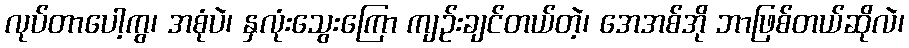
လုပ်တာပေါ့ကွ၊ အစုံပဲ၊ နှလုံးသွေးကြော ကျဉ်းချင်တယ်တဲ့၊ အေအစ်အို ဘာဖြစ်တယ်ဆိုလဲ၊